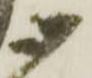
御